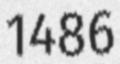
1486